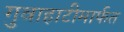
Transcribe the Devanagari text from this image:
गुवाहाटीमार्फत